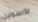
الأنسولين